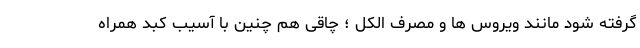
گرفته شود مانند ویروس ها و مصرف الکل ؛ چاقی هم چنین با آسیب کبد همراه